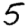
Digit: 5